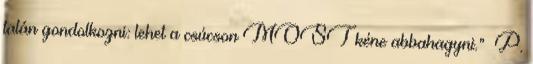
talán gondolkozni: lehet a csúcson MOST kéne abbahagyni.” P.